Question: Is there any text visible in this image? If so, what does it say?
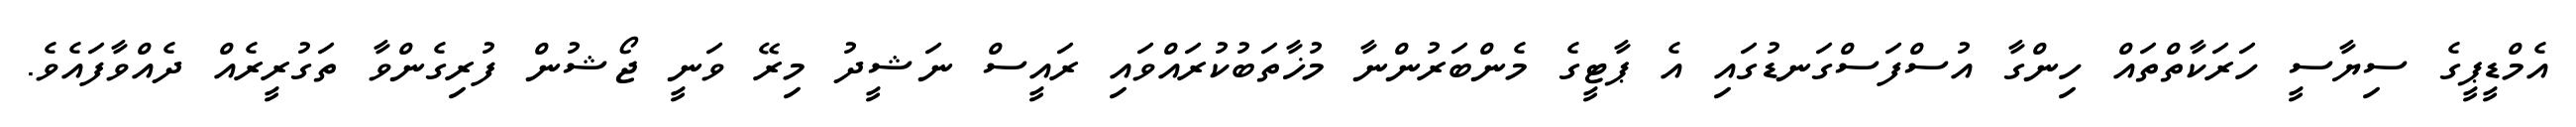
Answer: އެމްޑީޕީގެ ސިޔާސީ ހަރަކާތްތައް ހިންގާ އުސްފަސްގަނޑުގައި އެ ޕާޓީގެ މެންބަރުންނާ މުޚާތަބުކުރައްވައި ރައީސް ނަޝީދު މިރޭ ވަނީ ޖޯޝުން ފުރިގެންވާ ތަގުރީރެއް ދެއްވާފައެވެ.